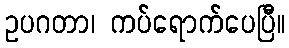
ဥပဂတာ၊ ကပ်ရောက်ပေပြီ။